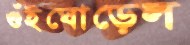
গুঁইঘোড়েল